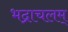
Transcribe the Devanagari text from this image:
भद्राचलम्‌